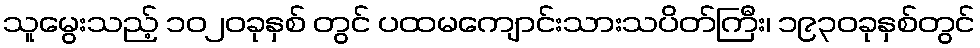
သူမွေးသည့် ၁၀၂၀ခုနှစ် တွင် ပထမကျောင်းသားသပိတ်ကြီး၊ ၁၉၃၀ခုနှစ်တွင်